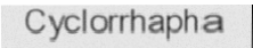
Cyclorrhapha